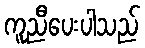
ကူညီပေးပါသည်